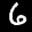
Label: 6